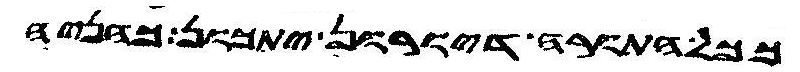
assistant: ככל התורה דיורון יתכון כהניה